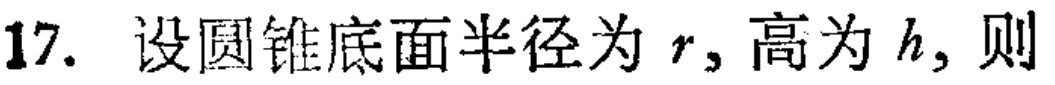
17. 设圆锥底面半径为 \(r\), 高为 \(h\), 则